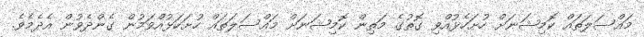
މައްސަލަތައް ކޮމިޝަނަށް ހުށަހެޅުއްވި ގޮތުގެ މަތިން ކޮމިޝަނަށް މައްސަލަތައް ހުށަހަޅުއްވަމުން ގެންދެވުން އެދެމެވެ.